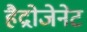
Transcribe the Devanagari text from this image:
हैद्रोजेनेट